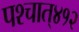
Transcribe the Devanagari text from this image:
पश्‍चात्‌४१२